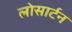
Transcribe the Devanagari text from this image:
लोसार्टन